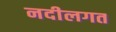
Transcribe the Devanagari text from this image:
नदीलगत